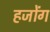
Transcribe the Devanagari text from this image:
हजोंग